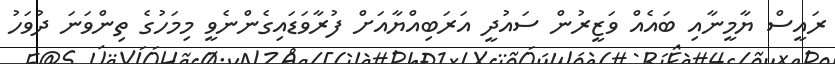
ރައީސް ޔާމީނާއި ބައެއް ވަޒީރުން ސައުދީ އަރަބިއްޔާއަށް ފުރާވަޑައިގެންނެވީ މިމަހުގެ ތިންވަނަ ދުވަހު